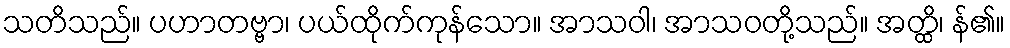
သတိသည်။ ပဟာတဗ္ဗာ၊ ပယ်ထိုက်ကုန်သော။ အာသဝါ၊ အာသဝတို့သည်။ အတ္ထိ၊ န်၏။